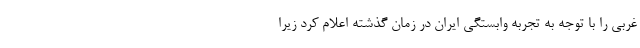
غربی را با توجه به تجربه وابستگی ایران در زمان گذشته اعلام کرد زیرا